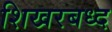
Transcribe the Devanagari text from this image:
शिखरबध्द